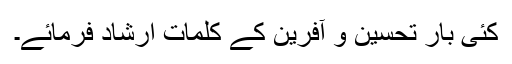
کئی بار تحسین و آفرین کے کلمات ارشاد فرمائے۔